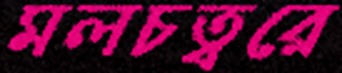
মলচত্বরে